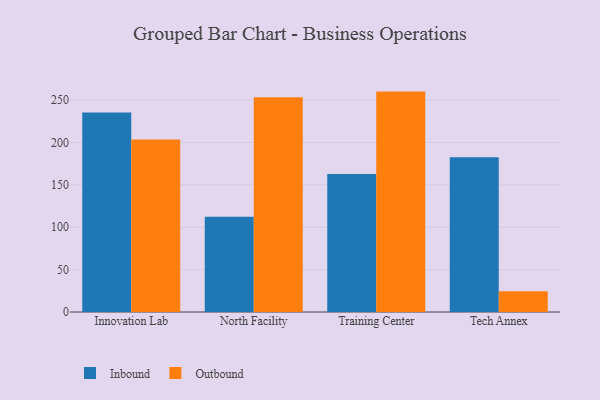
{"axis": {"x": "Campus", "y": "Operating Costs (USD K)"}, "legend": ["Inbound", "Outbound"], "data": [{"x": "Innovation Lab", "y": 235.3, "type": "Inbound"}, {"x": "Innovation Lab", "y": 203.5, "type": "Outbound"}, {"x": "North Facility", "y": 112.4, "type": "Inbound"}, {"x": "North Facility", "y": 253.4, "type": "Outbound"}, {"x": "Training Center", "y": 162.7, "type": "Inbound"}, {"x": "Training Center", "y": 260.0, "type": "Outbound"}, {"x": "Tech Annex", "y": 182.7, "type": "Inbound"}, {"x": "Tech Annex", "y": 24.5, "type": "Outbound"}]}